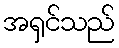
အရှင်သည်